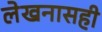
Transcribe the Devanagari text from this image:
लेखनासही